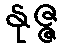
နုဇ္ဇ